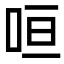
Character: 咺